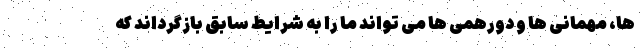
ها، مهمانی ها و دورهمی ها می تواند ما را به شرایط سابق بازگرداند که